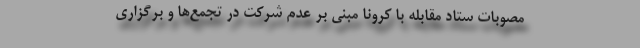
مصوبات ستاد مقابله با کرونا مبنی بر عدم شرکت در تجمع‌ها و برگزاری